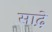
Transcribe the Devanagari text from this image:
साढ़़ेे